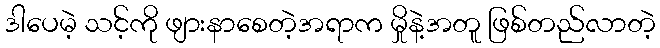
ဒါပေမဲ့ သင့်ကို ဖျားနာစေတဲ့အရာက မှိုနဲ့အတူ ဖြစ်တည်လာတဲ့